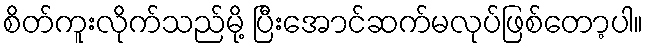
စိတ်ကူးလိုက်သည်မို့ ပြီးအောင်ဆက်မလုပ်ဖြစ်တော့ပါ။